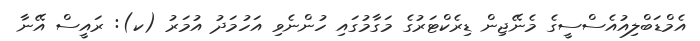
އެމްޑަބްލިއުއެސްސީގެ މެނޭޖިން ޑިރެކްޓަރުގެ މަގާމުގައި ހުންނެވި އަހުމަދު އުމަރު (ކ): ރައީސް އޭނާ